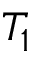
T _ { 1 }